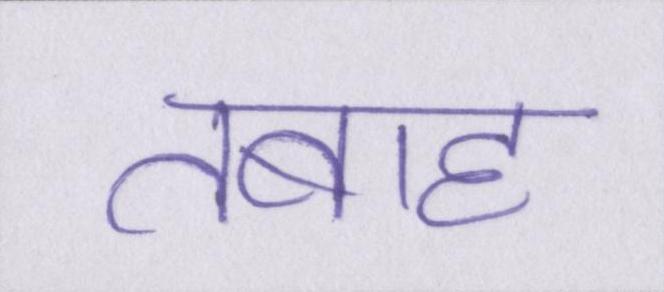
तबाह